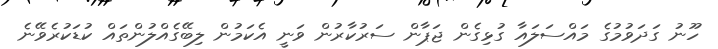
ހޫނު ގަދަވުމުގެ މައްސަލައާ ގުޅިގެން ޖަޕާން ސަރުކާރުން ވަނީ އެކަމުން ލިބޭގެއްލުންތައް ކުޑަކުރެވޭނެ